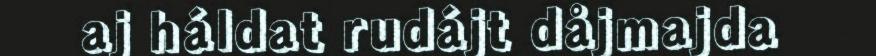
aj háldat rudájt dåjmajda